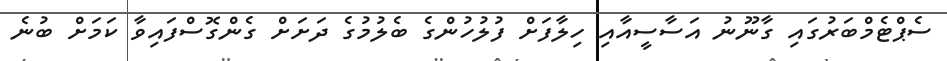
ސެޕްޓެމްބަރުގައި ގާނޫނު އަސާސީއާއި ހިލާފަށް ފުލުހުންގެ ބެލުމުގެ ދަށަށް ގެންގޮސްފައިވާ ކަމަށް ބުނެ